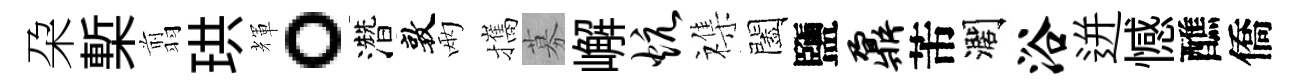
朶槧翦珙輝。濳敦兩攜募嶰炕襍闔鹽鼐芾濶浴迸憾醮僑